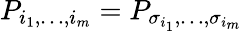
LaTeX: P_{i_{1},\dots,i_{m}}=P_{\sigma_{i_{1}},\dots,\sigma_{i_{m}}}